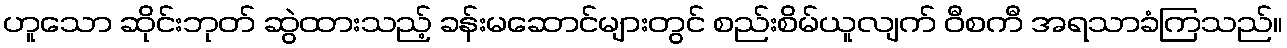
ဟူသော ဆိုင်းဘုတ် ဆွဲထားသည့် ခန်းမဆောင်များတွင် စည်းစိမ်ယူလျက် ဝီစကီ အရသာခံကြသည်။